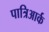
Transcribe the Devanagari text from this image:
पात्रिआर्क